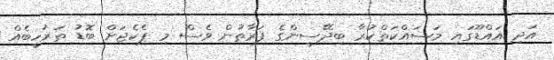
އަދި އައްޑޫގައި މަސައްކަތްކުރާ ބިދޭސީންގެ ފަރާތުން ވެސް މި ޕެކެޖަށް ބޮޑު ތަރުހީބެއް